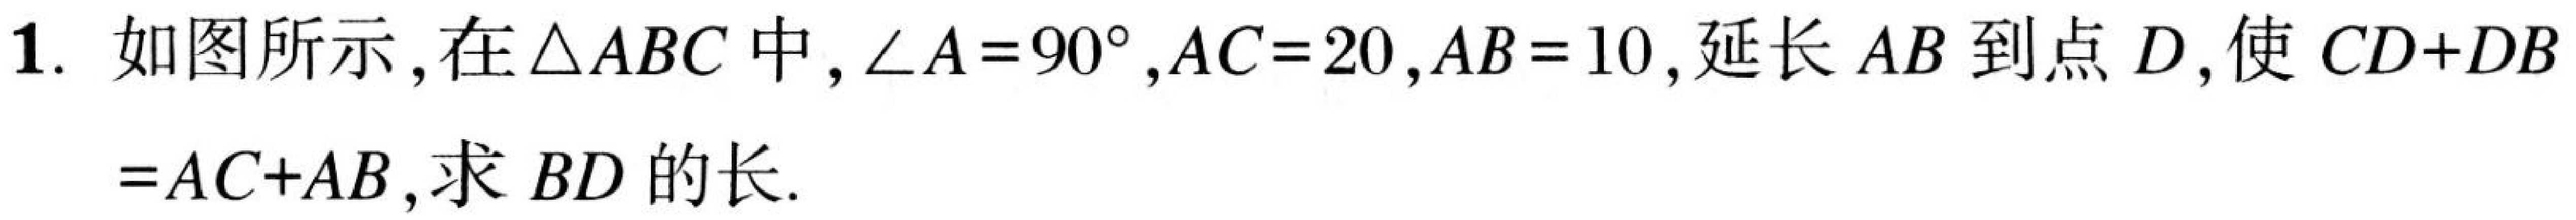
1. 如图所示，在\(\triangle ABC\)中，\(\angle A = 90^{\circ},AC = 20,AB = 10\)，延长\(AB\)到点\(D\)，使\(CD + DB=AC + AB\)，求\(BD\)的长.